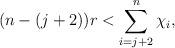
LaTeX: \begin{align*} (n-(j+2))r < \sum\limits_{i=j+2}^n \chi_i, \end{align*}